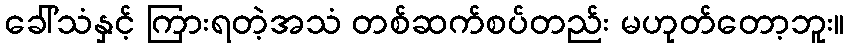
ခေါ်သံနှင့် ကြားရတဲ့အသံ တစ်ဆက်စပ်တည်း မဟုတ်တော့ဘူး။